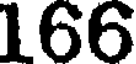
166